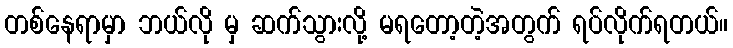
တစ်နေရာမှာ ဘယ်လို မှ ဆက်သွားလို့ မရတော့တဲ့အတွက် ရပ်လိုက်ရတယ်။